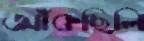
আঁকছিলি